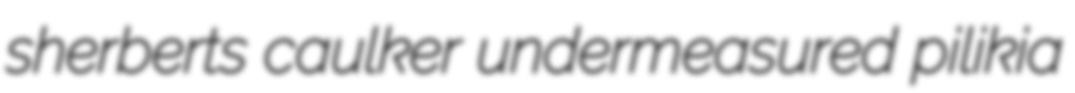
sherberts caulker undermeasured pilikia